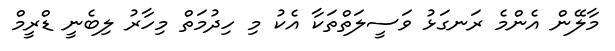
މާލޭން އެންމެ ރަނގަޅު ވަސީލަތްތަކާ އެކު މި ހިދުމަތް މިހާރު ލިބެނީ ޑްރީމް